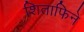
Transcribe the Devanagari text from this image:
शिताफिने